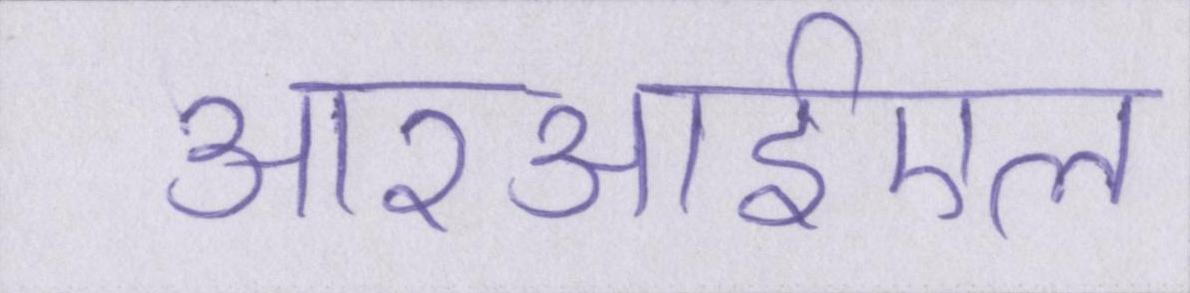
आरआईएल